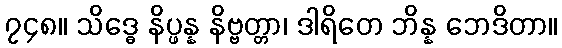
၇၄၈။ သိဒ္ဓေ နိပ္ဖန္န နိဗ္ဗတ္တာ၊ ဒါရိတေ ဘိန္န ဘေဒိတာ။